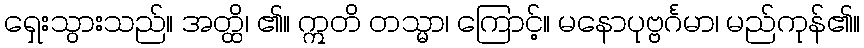
ရှေးသွားသည်။ အတ္ထိ၊ ၏။ ဣတိ တသ္မာ၊ ကြောင့်။ မနောပုဗ္ဗင်္ဂမာ၊ မည်ကုန်၏။